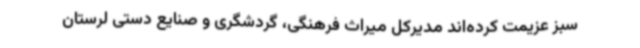
سبز عزیمت کرده‌اند مدیرکل میراث فرهنگی، گردشگری و صنایع دستی لرستان